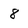
Character: 8